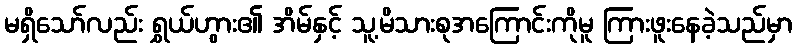
မရှိသော်လည်း ရွှယ်ဟွား၏ အိမ်နှင့် သူ့မိသားစုအကြောင်းကိုမူ ကြားဖူးနေခဲ့သည်မှာ